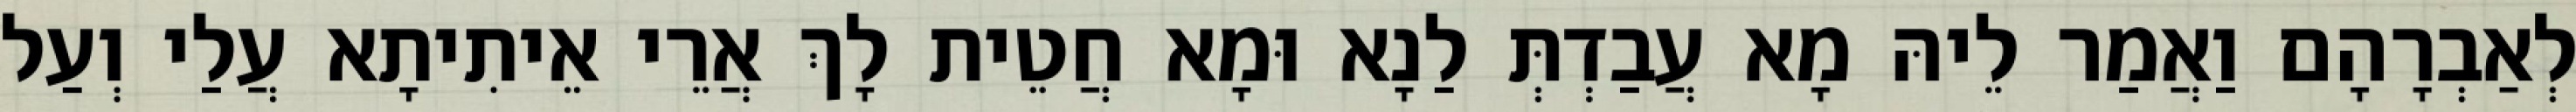
לְאַבְרָהָם וַאֲמַר לֵיהּ מָא עֲבַדְתְּ לַנָא וּמָא חֲטֵית לָךְ אֲרֵי אֵיתִיתָא עֲלַי וְעַל